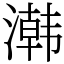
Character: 鿰